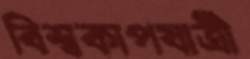
বিশ্বকাপযাত্রী